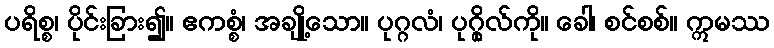
ပရိစ္စ၊ ပိုင်းခြား၍။ ဧကစ္စံ၊ အချို့သော။ ပုဂ္ဂလံ၊ ပုဂ္ဂိုလ်ကို။ ခေါ၊ စင်စစ်။ ဣမဿ